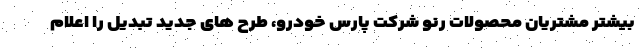
بیشتر مشتریان محصولات رنو شرکت پارس خودرو، طرح های جدید تبدیل را اعلام